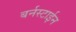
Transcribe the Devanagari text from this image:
बर्नस्टाईन